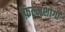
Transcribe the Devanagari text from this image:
फ़िल्मशोगी